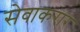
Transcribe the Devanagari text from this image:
सेवाकरार